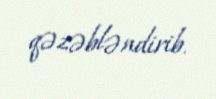
qəzəbləndirib.